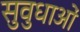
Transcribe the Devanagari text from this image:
सुवुधाओं